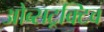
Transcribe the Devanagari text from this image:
ओब्सट्रक्टिव